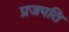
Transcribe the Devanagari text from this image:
प्रजपति